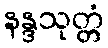
နန္ဒသုတ္တံ